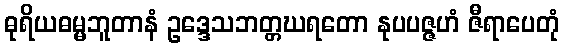
ဓုရိယဓမ္မဘူတာနံ ဥဒ္ဒေသဘတ္တဃရတော နုပပဇ္ဇဟံ ဇီရာပေတုံ